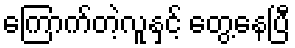
ကြောက်တဲ့လူနှင့် တွေ့နေပြီ